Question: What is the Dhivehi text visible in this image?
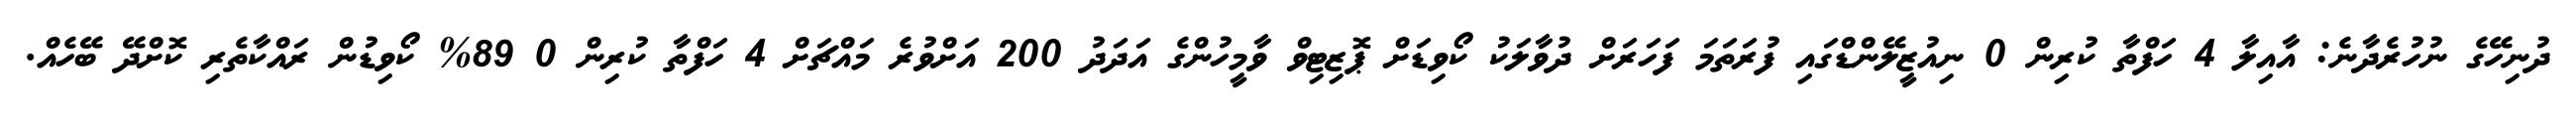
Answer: ދުނިހޭގެ ނުހުރެދާނެ: އާއިލާ 4 ހަފްތާ ކުރިން 0 ނިއުޒީލޭންޑްގައި ފުރަތަމަ ފަހަރަށް ދުވާލަކު ކޯވިޑަށް ޕޮޒިޓިވް ވާމީހުންގެ އަދަދު 200 އަށްވުރެ މައްޗަށް 4 ހަފްތާ ކުރިން 0 89% ކޯވިޑުން ރައްކާތެރި ކޮށްދޭ ބޭހެއް.